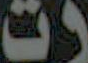
رت